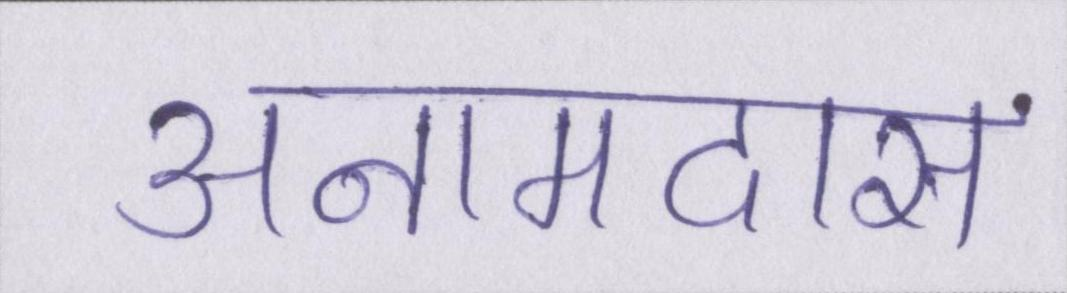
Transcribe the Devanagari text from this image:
अनामदास